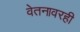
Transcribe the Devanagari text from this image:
वेतनावरही